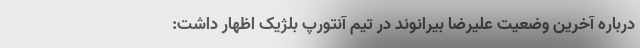
درباره آخرین وضعیت علیرضا بیرانوند در تیم آنتورپ بلژیک اظهار داشت: